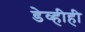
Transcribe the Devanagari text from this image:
डेव्हीही